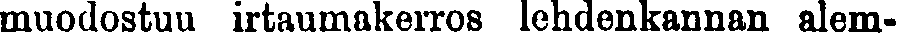
muodostuu irtaumakerros lehdenkannan alem-